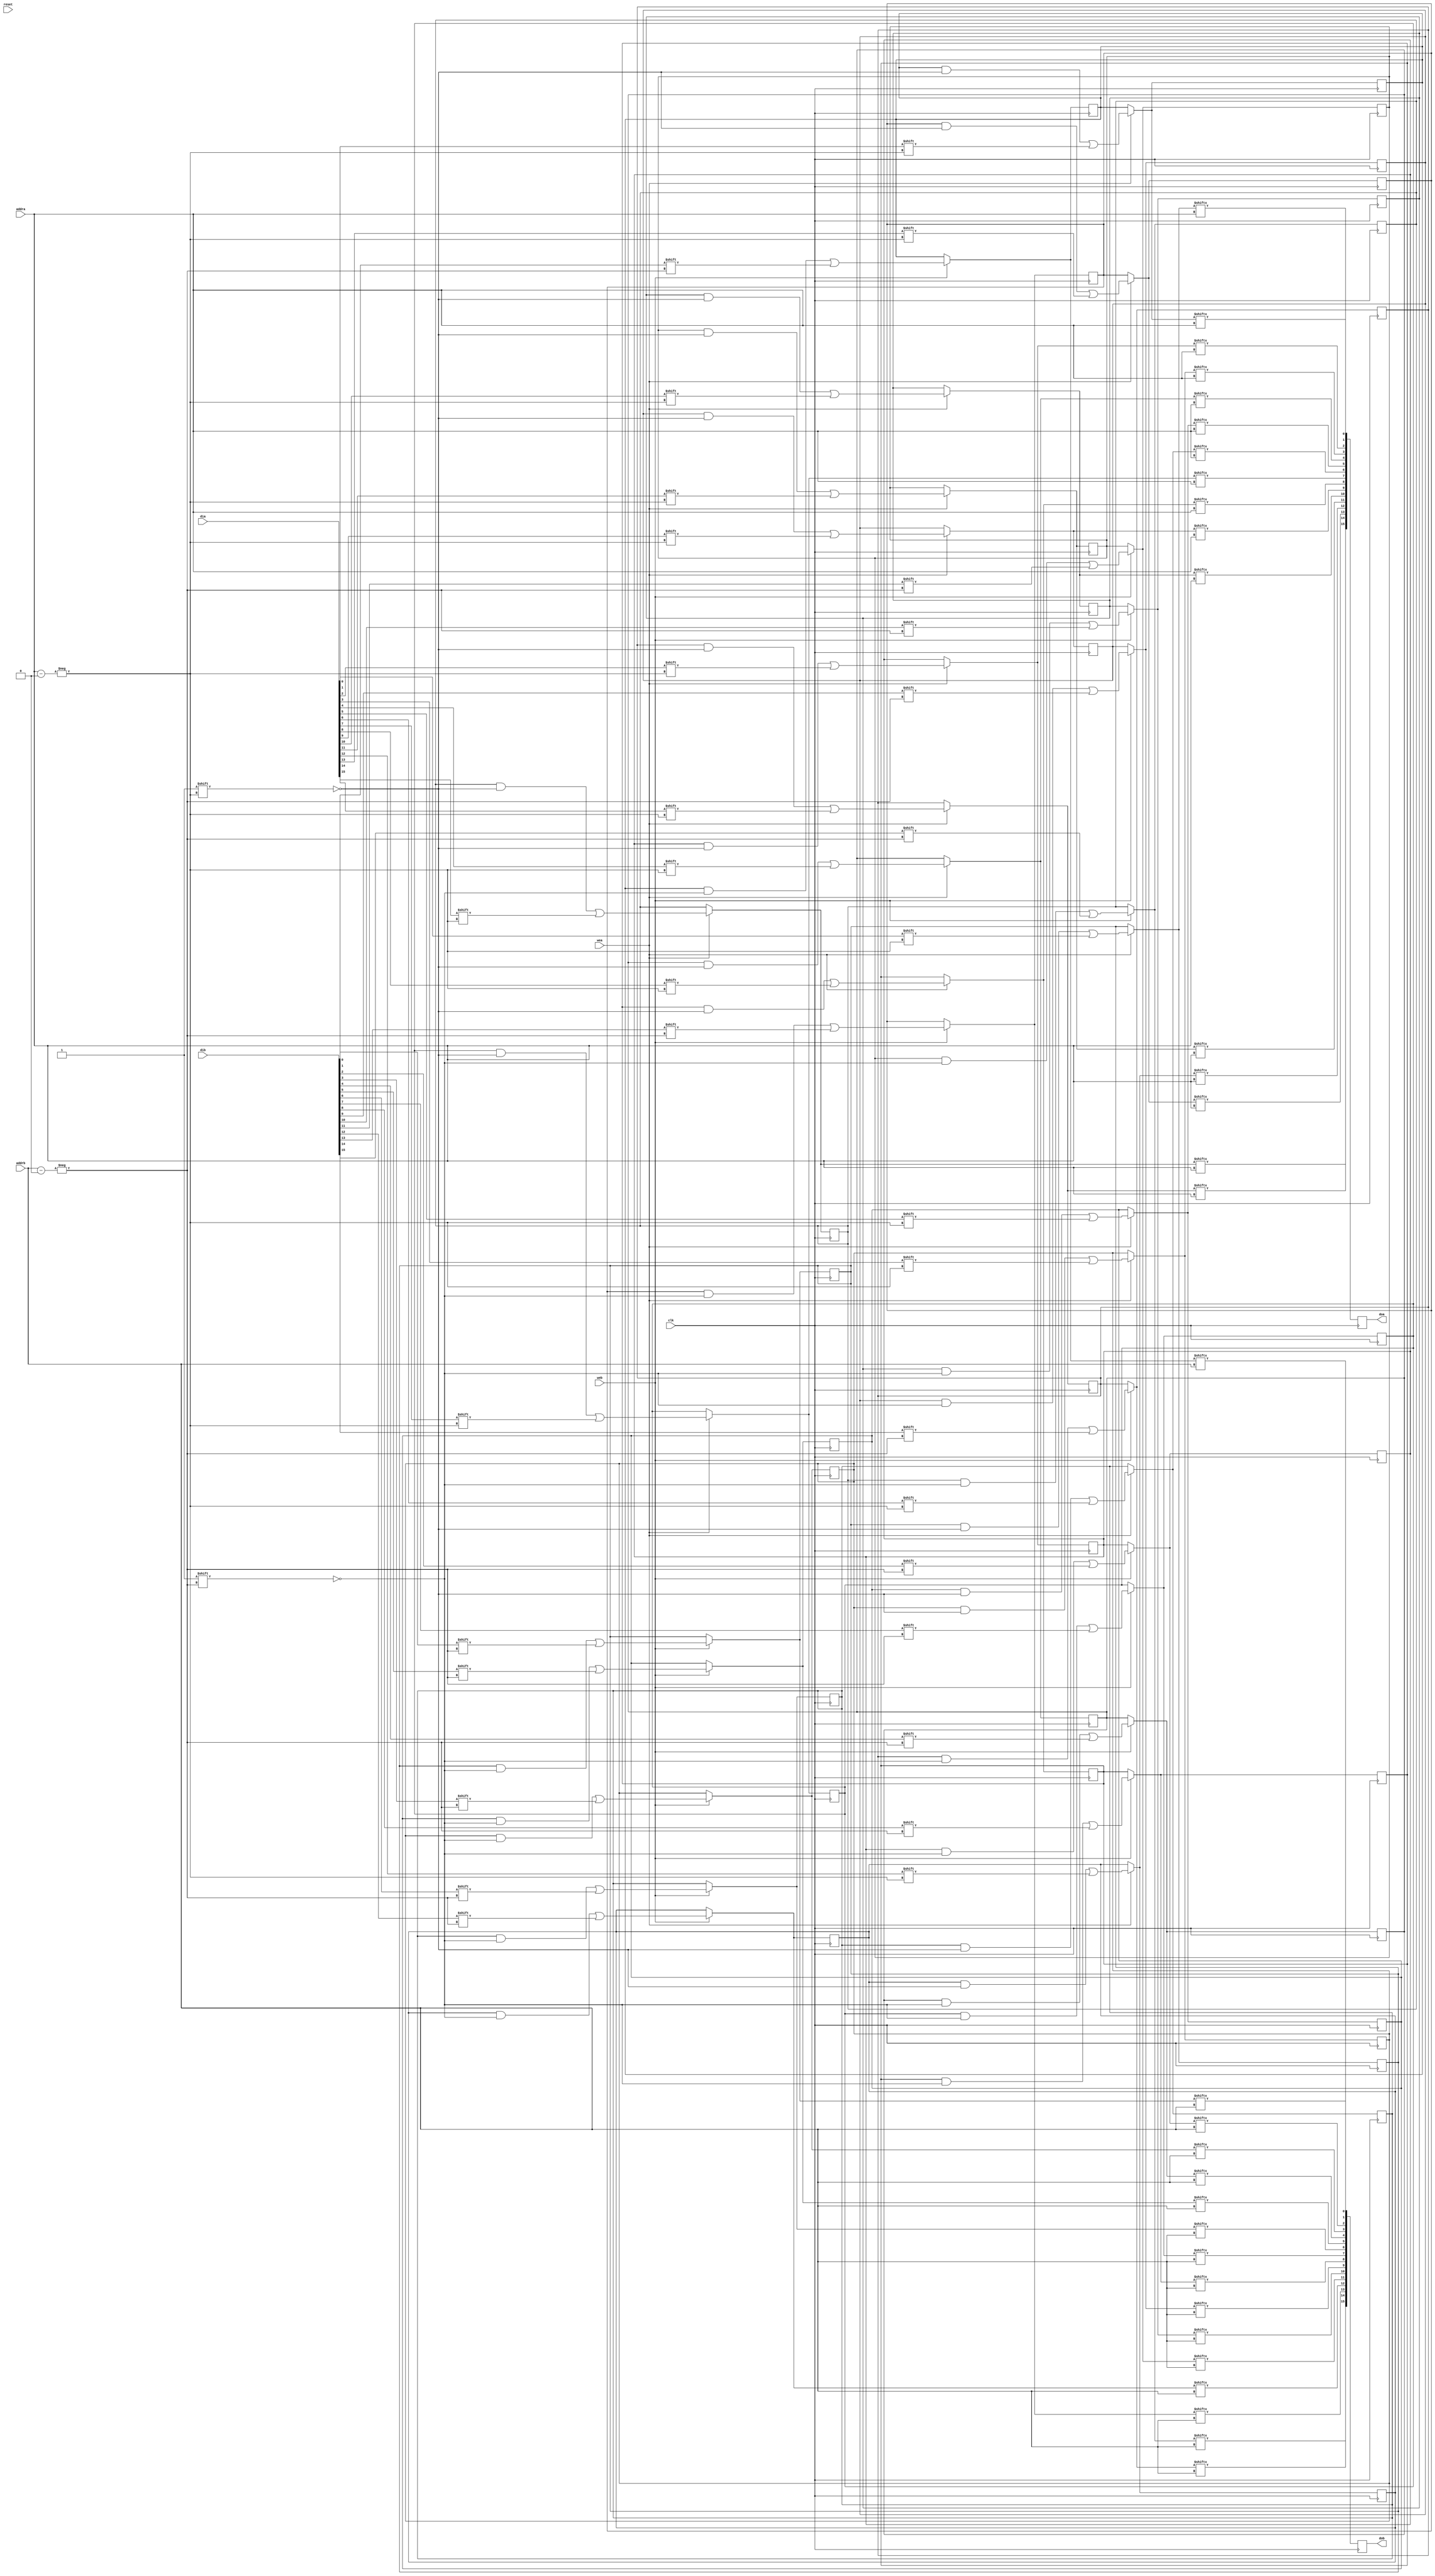
module BRAM  //#(parameter SIZE = 5, parameter MAX_WORD_LENGTH = 32, parameter RAM_SIZE = MAX_WORD_LENGTH*32-1) //debug:
	(	
		clk,
		reset,
		wea,
		web,
		addra,
		addrb,
		dia,
		dib,
		doa,
		dob
		//id //debug:
	);
input clk, reset, wea, web;
//input[SIZE-1:0] id; //debug:
input [9:0] addra,addrb;
input [15:0] dia, dib;
output reg [15:0] doa,dob;
reg[159:0] ram[15:0] ;
integer i;

always @(posedge clk) 
begin

	// if(!reset) begin
	
	// for (i=0; i<16; i=i+1) begin
		// ram[i] 	= {18'h0,id,i[3:0],18'h0,id,i[3:0],96'h00000000_00000000_00000000};
	// end
	
	// end
	// else begin
		if (wea) begin
		   for(i=0; i<16; i=i+1) begin
			   ram[i][addra] = dia[i];
		   end
		end
		
		for(i=0; i<16; i=i+1) begin
		   doa[i] = ram[i][addra];
		end
	// end
end
always @(posedge clk) 
begin  
	if (web) begin
	   for(i=0; i<16; i=i+1) begin
	       ram[i][addrb] = dib[i];
	   end
	end
    for(i=0; i<16; i=i+1) begin
	   dob[i] = ram[i][addrb];
	end 
end

endmodule